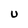
Character: U